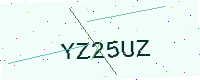
Text: YZ25UZ